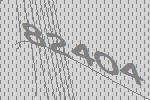
82404